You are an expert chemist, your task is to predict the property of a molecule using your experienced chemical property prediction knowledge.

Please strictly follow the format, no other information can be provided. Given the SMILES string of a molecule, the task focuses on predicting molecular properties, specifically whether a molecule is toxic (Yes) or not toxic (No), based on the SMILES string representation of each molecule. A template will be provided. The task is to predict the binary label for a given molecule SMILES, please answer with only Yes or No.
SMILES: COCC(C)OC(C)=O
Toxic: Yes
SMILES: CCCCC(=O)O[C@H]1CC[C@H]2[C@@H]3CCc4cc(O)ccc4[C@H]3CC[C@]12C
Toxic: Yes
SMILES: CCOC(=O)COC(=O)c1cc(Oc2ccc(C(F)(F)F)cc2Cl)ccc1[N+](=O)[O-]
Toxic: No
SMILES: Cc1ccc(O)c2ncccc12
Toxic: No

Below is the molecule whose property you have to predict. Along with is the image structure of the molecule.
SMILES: O=C(Nc1ccccc1)Nc1ccnc(Cl)c1
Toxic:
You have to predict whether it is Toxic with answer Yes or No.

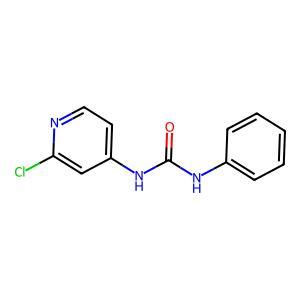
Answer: No